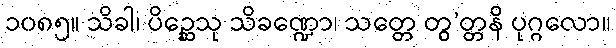
၁၀၈၅။ သိခါ၊ ပိဉ္ဆေသု သိခဏ္ဍော၊ သတ္တေ တွ’တ္တနိ ပုဂ္ဂလော။